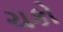
ચકો